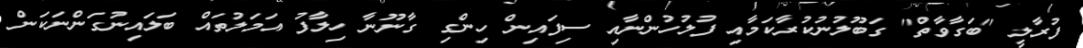
ފުރާލީ "ބަގާވާތް" ގަބޫލުނުކުރާކަމާއި ފުލުހުންނާއި ސިފައިން ހިންގި ގާނޫނާ ހިލާފު އަމަލުތައް ބަލައިނުގަންނަކަން